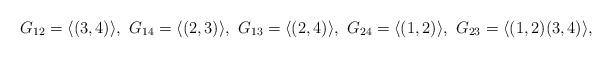
LaTeX: \begin{align*}G_{12}=\langle (3,4) \rangle,~G_{14}=\langle (2,3) \rangle,~G_{13}=\langle (2,4) \rangle,~G_{24}=\langle (1,2) \rangle,~G_{23}=\langle (1,2)(3,4) \rangle,\end{align*}